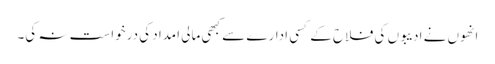
انھوں نے ادیبوں کی فلاح کے کسی ادارے سے کبھی مالی امداد کی درخواست نہ کی۔